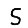
Digit: 5